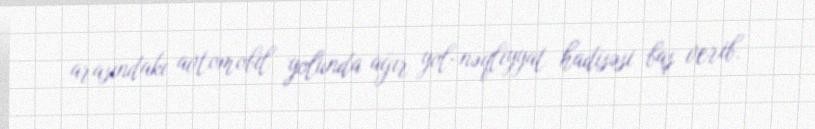
arasındakı avtomobil yolunda ağır yol-nəqliyyat hadisəsi baş verib.